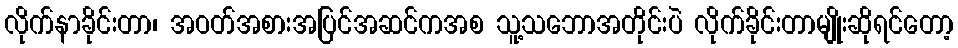
လိုက်နာခိုင်းတာ၊ အဝတ်အစားအပြင်အဆင်ကအစ သူ့သဘောအတိုင်းပဲ လိုက်ခိုင်းတာမျိုးဆိုရင်တော့